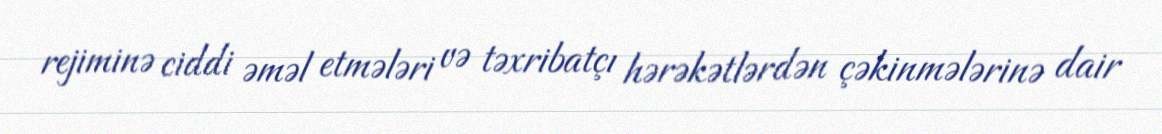
rejiminə ciddi əməl etmələri və təxribatçı hərəkətlərdən çəkinmələrinə dair